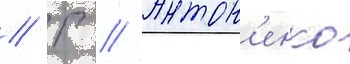
// Г // Антон'енко